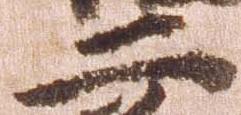
二